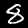
Label: 8